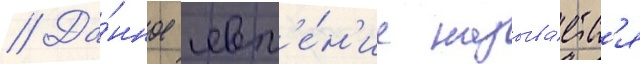
// Да́нное явл'е́н'ие называ́етс'я